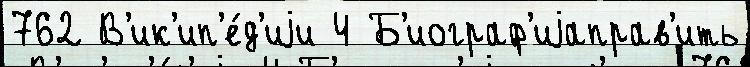
762 В'ик'ип'е́д'иjи 4 Б'иограф'иjаправ'ить